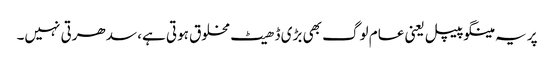
پر یہ مینگو پیپل یعنی عام لوگ بھی بڑی ڈھیٹ مخلوق ہوتی ہے، سدھرتی نہیں۔